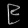
Digit: ၉